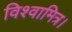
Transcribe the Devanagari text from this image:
विश्वामित्र।